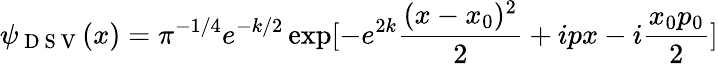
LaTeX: \psi_{\mathrm{~D~S~V~}}(x)=\pi^{-1/4}e^{-k/2}\exp[-e^{2k}\frac{(x-x_{0})^{2}}{2}+ipx-i\frac{x_{0}p_{0}}{2}]